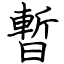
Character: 暫